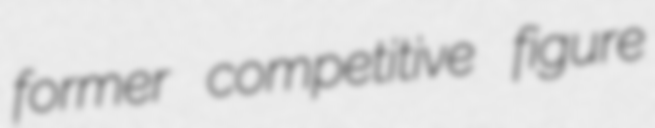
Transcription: former competitive figure